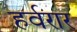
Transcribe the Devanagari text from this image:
हर्वरार